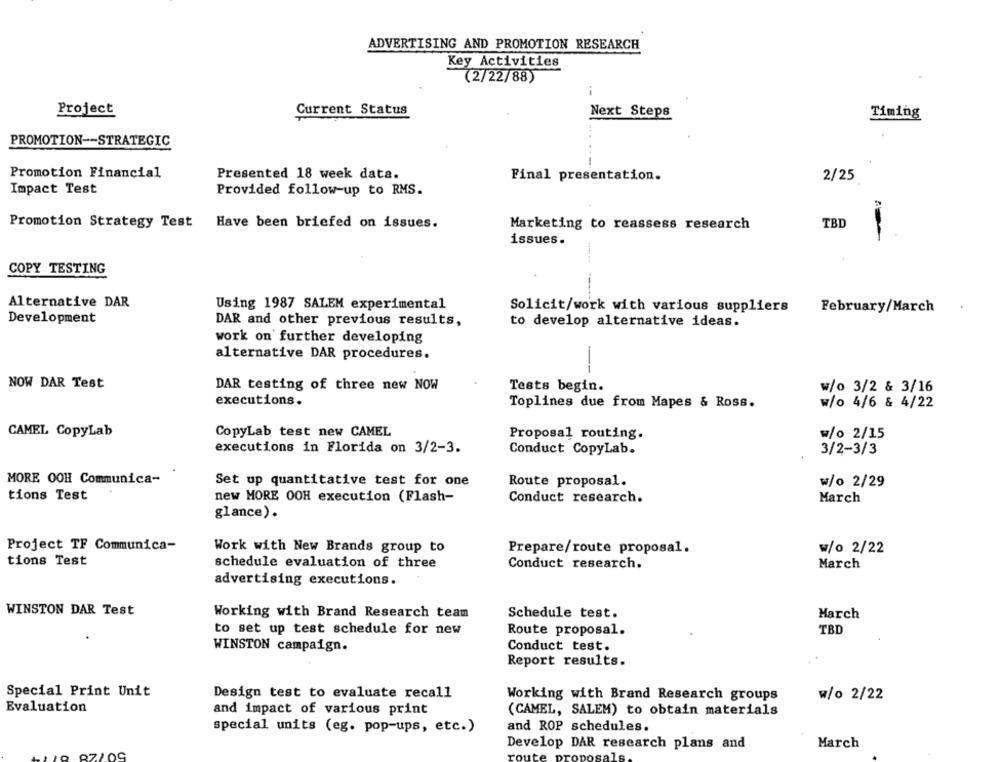
ADVERTISING AND PROMOTION RESEARCH
Key Activities
(2/22/88)
Project
Current Status
Next Steps
Timing
PROMOTION -- STRATEGIC
Promotion Financial
Presented 18 week data.
Final presentation.
2/25
Impact Test
Provided follow-up to RMS.
Promotion Strategy Test
Have been briefed on issues.
Marketing to reassess research
TBD
issues.
COPY TESTING
Alternative DAR
Using 1987 SALEM experimental
Solicit/work with various suppliers
February/March
Development
DAR and other previous results,
to develop alternative ideas.
work on further developing
alternative DAR procedures.
-
NOW DAR Test
DAR testing of three new NOW
Tests begin.
w/o 3/2 & 3/16
executions.
Toplines due from Mapes & Ross.
w/o 4/6 & 4/22
CAMEL CopyLab
CopyLab test new CAMEL
Proposal routing.
w/o 2/15
executions in Florida on 3/2-3.
Conduct CopyLab.
3/2-3/3
MORE OOH Communica-
Set up quantitative test for one
Route proposal.
w/o 2/29
tions Test
new MORE OOH execution (Flash-
Conduct research.
March
glance).
Project TF Communica-
Work with New Brands group to
Prepare/route proposal.
w/o 2/22
tions Test
schedule evaluation of three
Conduct research.
March
advertising executions.
WINSTON DAR Test
Working with Brand Research team
Schedule test.
March
to set up test schedule for new
Route proposal.
TBD
WINSTON campaign.
Conduct test.
Report results.
Special Print Unit
Design test to evaluate recall
Working with Brand Research groups
w/o 2/22
Evaluation
and impact of various print
(CAMEL, SALEM) to obtain materials
special units (eg. pop-ups, etc.)
and ROP schedules.
Develop DAR research plans and
March